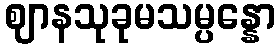
ဈာနသုခုမသမ္ပန္နော